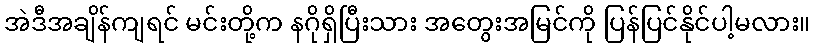
အဲဒီအချိန်ကျရင် မင်းတို့က နဂိုရှိပြီးသား အတွေးအမြင်ကို ပြန်ပြင်နိုင်ပါ့မလား။